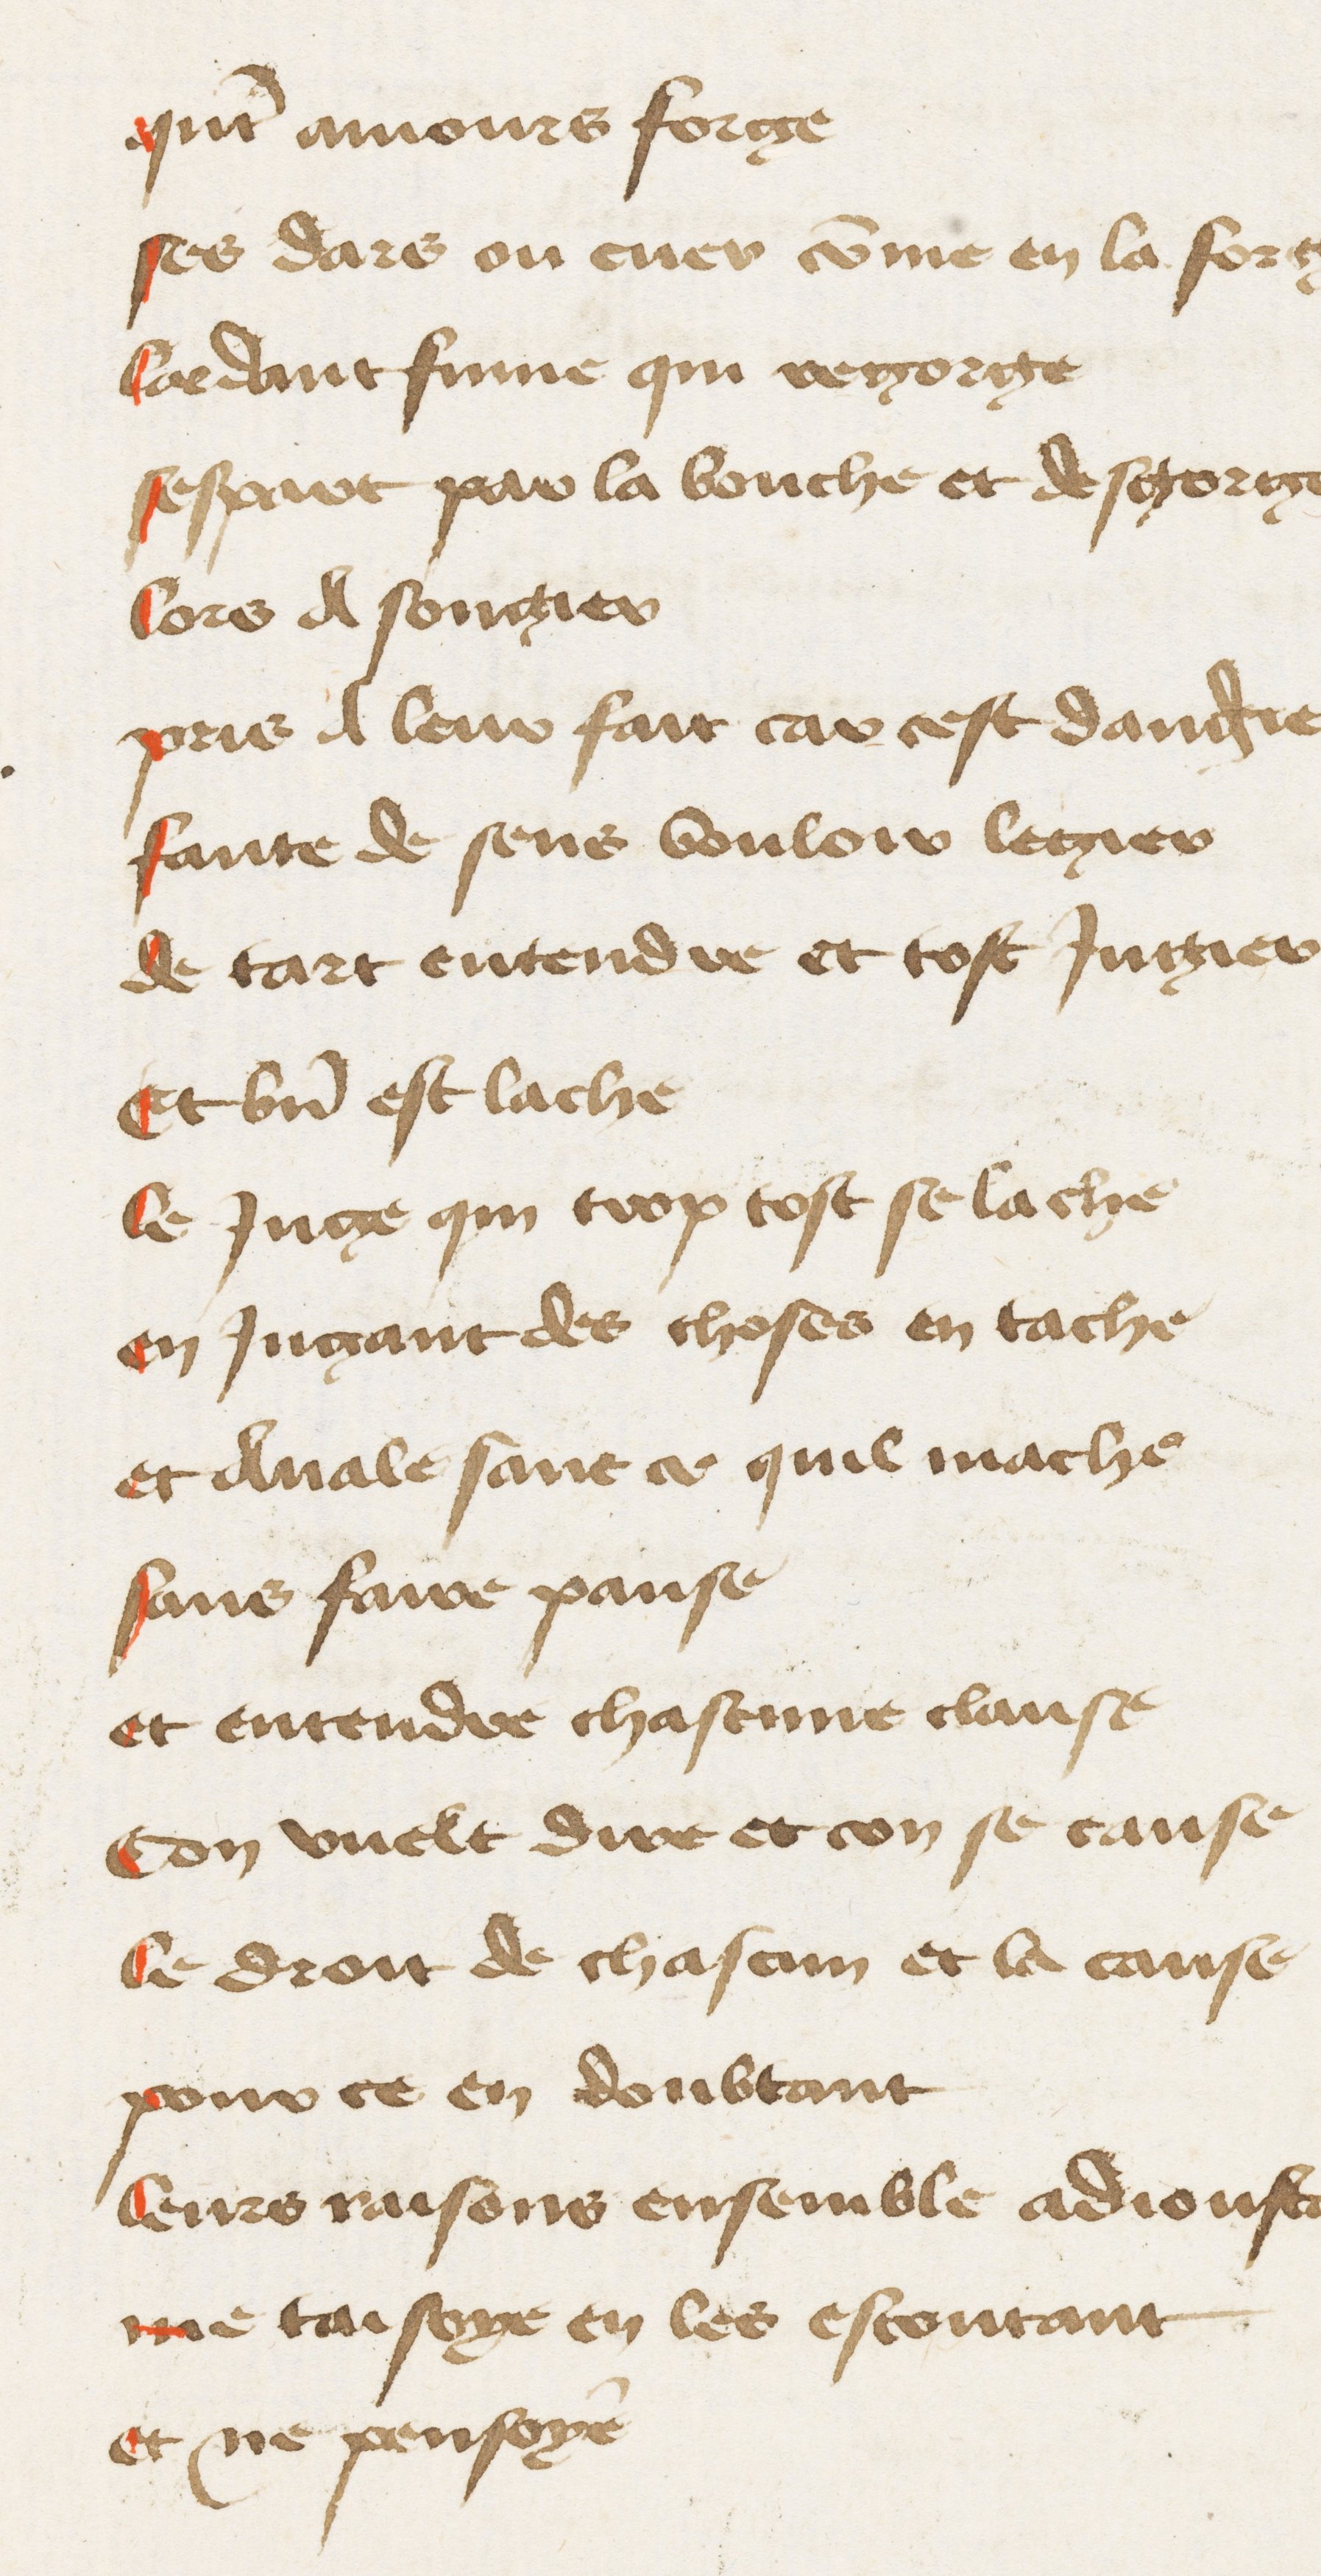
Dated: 1400–1449